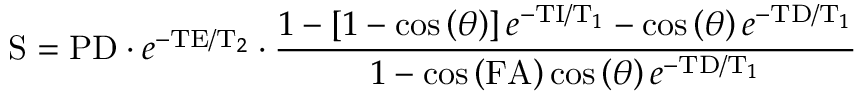
\mathrm { S } = \mathrm { P D } \cdot e ^ { - \mathrm { T E } / \mathrm { T } _ { 2 } } \cdot \frac { 1 - \left[ 1 - \cos \left( \theta \right) \right] e ^ { - \mathrm { T I } / \mathrm { T } _ { 1 } } - \cos \left( \theta \right) e ^ { - \mathrm { T D } / \mathrm { T } _ { 1 } } } { 1 - \cos \left( \mathrm { F A } \right) \cos \left( \theta \right) e ^ { - \mathrm { T D } / \mathrm { T } _ { 1 } } }